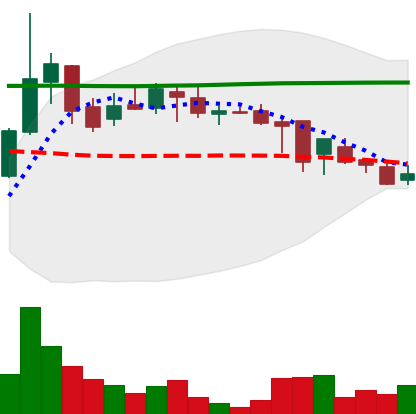
Ticker: DOGE-USD
Chart end date: 2018-08-05
Forward return: -15.686%
Label: down_7plus